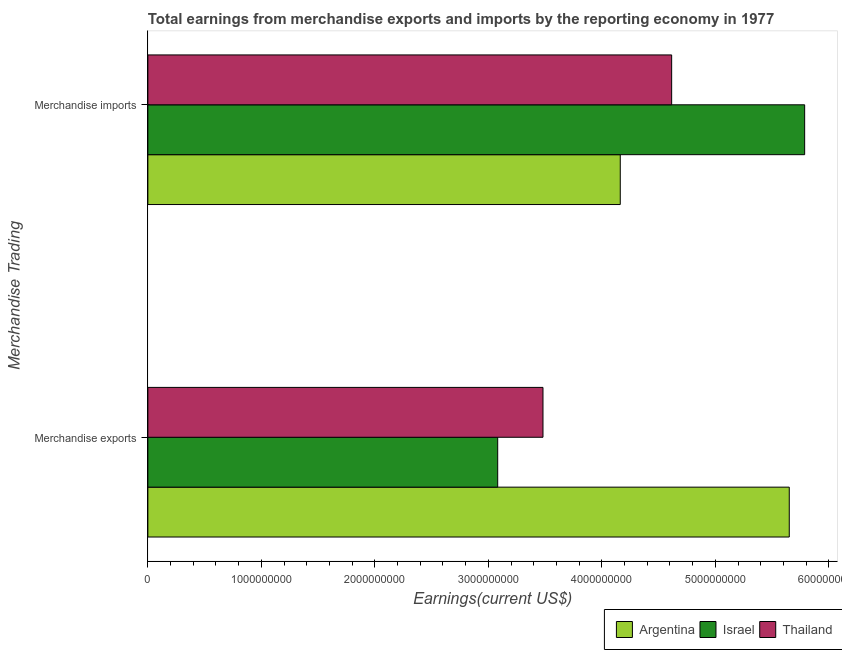
| Merchandise Trading | Argentina | Israel | Thailand |
 | --- | --- | --- | --- |
 | Merchandise exports | 5.65e+09 | 3.08e+09 | 3.48e+09 |
 | Merchandise imports | 4.16e+09 | 5.79e+09 | 4.62e+09 |